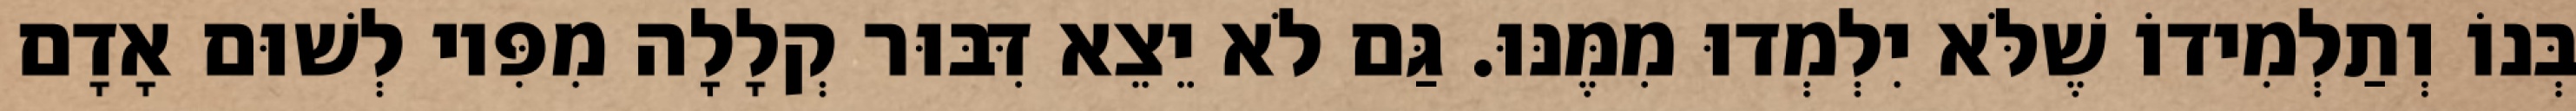
בְּנוֹ וְתַלְמִידוֹ שֶׁלֹּא יִלְמְדוּ מִמֶּנּוּ. גַּם לֹא יֵצֵא דִּבּוּר קְלָלָה מִפִּיו לְשׁוּם אָדָם